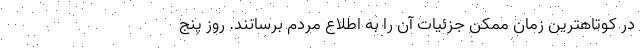
در کوتاهترین زمان ممکن جزئیات آن را به اطلاع مردم برسانند. روز پنج